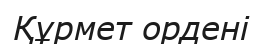
Құрмет ордені